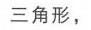
三角形，